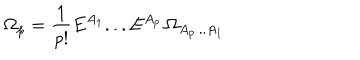
\Omega _ { p } = \frac { 1 } { p ! } E ^ { A _ { 1 } } . . . E ^ { A _ { p } } \, \Omega _ { { A _ { p } } . . . { A _ { 1 } } }